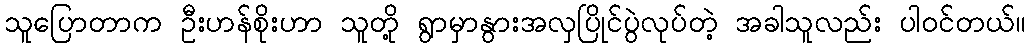
သူပြောတာက ဦးဟန်စိုးဟာ သူတို့ ရွာမှာနွားအလှပြိုင်ပွဲလုပ်တဲ့ အခါသူလည်း ပါဝင်တယ်။